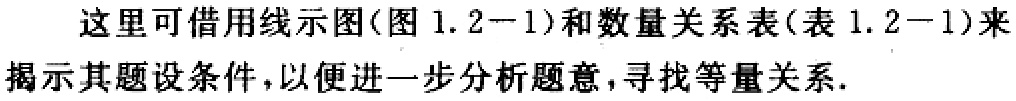
这里可借用线示图(图 1.2−1)和数量关系表(表 1.2−1)来揭示其题设条件，以便进一步分析题意，寻找等量关系.